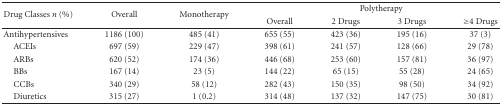
| <ROWSPAN=2> Drug Classes n (%) | <ROWSPAN=2> Overall | <ROWSPAN=2> Monotherapy | <COLSPAN=4> Polytherapy |
 | Overall | 2 Drugs | 3 Drugs | ≥4 Drugs |
 | --- | --- | --- | --- | --- | --- | --- |
 | Antihypertensives | 1186 (100) | 485 (41) | 655 (55) | 423 (36) | 195 (16) | 37 (3) |
 | ACEIs | 697 (59) | 229 (47) | 398 (61) | 241 (57) | 128 (66) | 29 (78) |
 | ARBs | 620 (52) | 174 (36) | 446 (68) | 253 (60) | 157 (81) | 36 (97) |
 | BBs | 167 (14) | 23 (5) | 144 (22) | 65 (15) | 55 (28) | 24 (65) |
 | CCBs | 340 (29) | 58 (12) | 282 (43) | 150 (35) | 98 (50) | 34 (92) |
 | Diuretics | 315 (27) | 1 (0.2) | 314 (48) | 137 (32) | 147 (75) | 30 (81) |